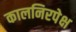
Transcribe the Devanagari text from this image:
कालनिरपेक्ष